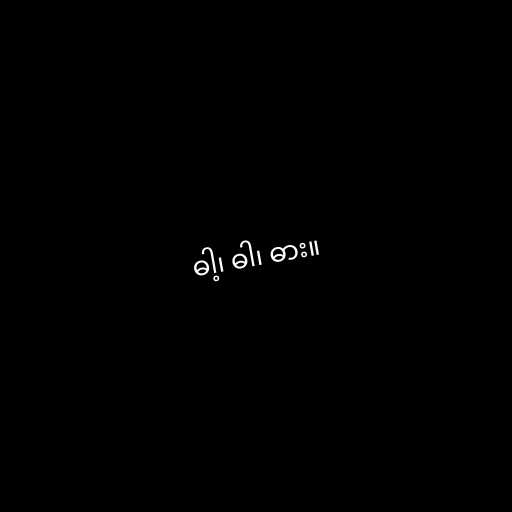
ဓါ့၊ ဓါ၊ ဓား။